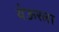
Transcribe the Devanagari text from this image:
थेऊरला